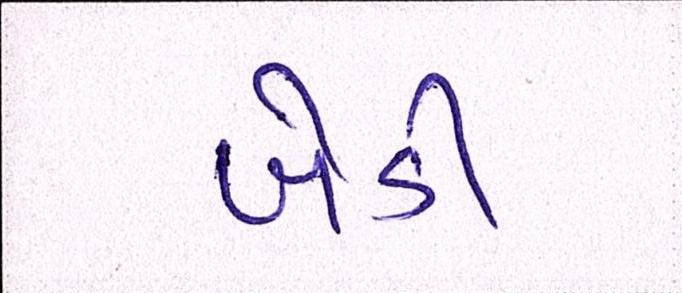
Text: ખેડી